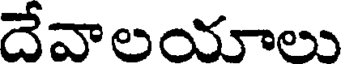
దేవాలయాలు